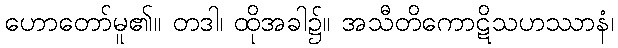
ဟောတော်မူ၏။ တဒါ၊ ထိုအခါ၌။ အသီတိကောဋိသဟဿာနံ၊